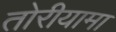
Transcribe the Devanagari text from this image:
तोरीयामा